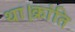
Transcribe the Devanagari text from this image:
था।क्रांति